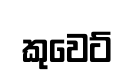
කුවෙට්